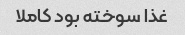
غذا سوخته بود کاملا